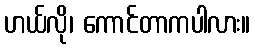
ဟယ်လို၊ ကောင်တာကပါလား။